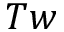
T w